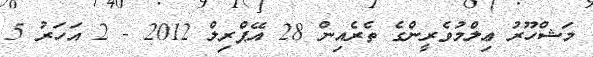
މަޝްހޫރު ޢިލްމުވެރީންގެ ތެރެއިން 28 އޭޕްރިލް 2012 - 2 އަހަރު 5